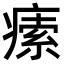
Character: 𤸴